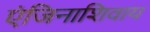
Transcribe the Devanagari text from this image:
एंजिनाशिवाय